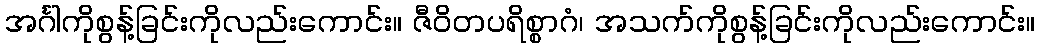
အင်္ဂါကိုစွန့်ခြင်းကိုလည်းကောင်း။ ဇီဝိတပရိစ္စာဂံ၊ အသက်ကိုစွန့်ခြင်းကိုလည်းကောင်း။